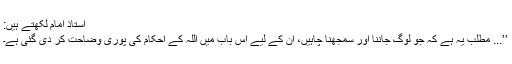
استاذ امام لکھتے ہیں:
’’... مطلب یہ ہے کہ جو لوگ جاننا اور سمجھنا چاہیں، اُن کے لیے اِس باب میں اللہ کے احکام کی پوری وضاحت کر دی گئی ہے۔